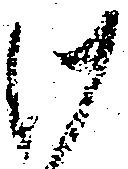
け